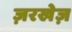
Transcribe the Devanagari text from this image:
ज़रखेज़